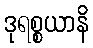
ဒုရစ္စယာနိ